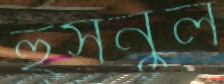
হুসনুল